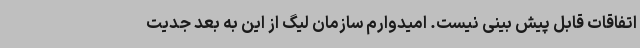
اتفاقات قابل پیش بینی نیست. امیدوارم سازمان لیگ از این به بعد جدیت